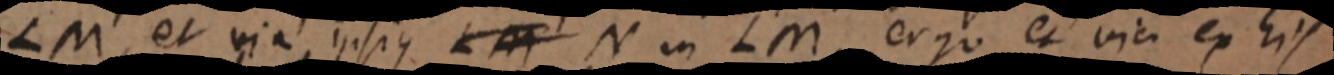
LM, et via, ipsius LM N in LM, ergo et via ex his